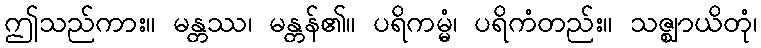
ဤသည်ကား။ မန္တဿ၊ မန္တန်၏။ ပရိကမ္မံ၊ ပရိကံတည်း။ သဇ္ဈာယိတုံ၊